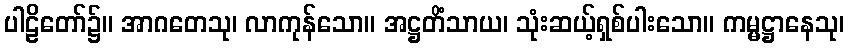
ပါဠိတော်၌။ အာဂတေသု၊ လာကုန်သော။ အဋ္ဌတိံသာယ၊ သုံးဆယ့်ရှစ်ပါးသော။ ကမ္မဋ္ဌာနေသု၊